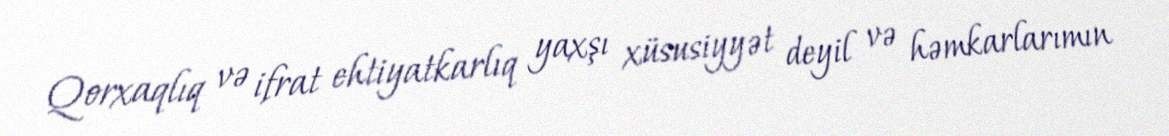
Qorxaqlıq və ifrat ehtiyatkarlıq yaxşı xüsusiyyət deyil və həmkarlarımın